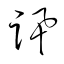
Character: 訊